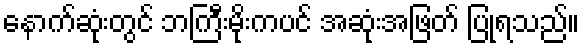
နောက်ဆုံးတွင် ဘကြီးမိုးကပင် အဆုံးအဖြတ် ပြုရသည်။